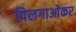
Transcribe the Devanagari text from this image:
पिलगाओंकर